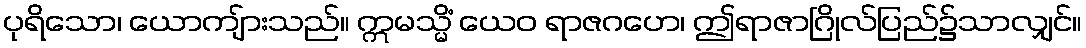
ပုရိသော၊ ယောကျ်ားသည်။ ဣမသ္မိံ ယေဝ ရာဇဂဟေ၊ ဤရာဇာဂြိုလ်ပြည်၌သာလျှင်။